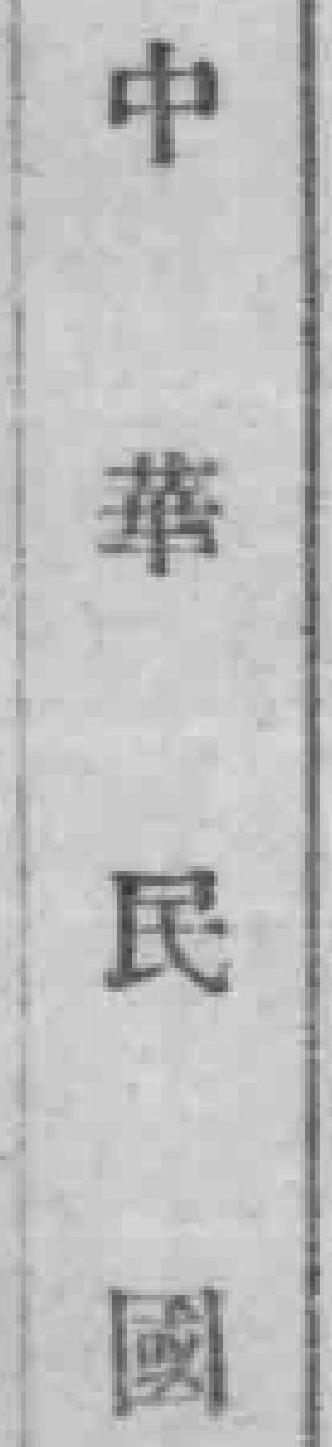
中華民国